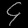
Digit: ၄